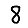
Digit: 8